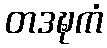
တဒဍ္ဎကံ